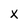
Character: X